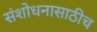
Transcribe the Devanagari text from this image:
संशोधनासाठीच